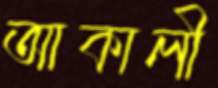
আকালী